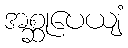
အစ္ဆုပေယျံ